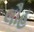
લૌહ